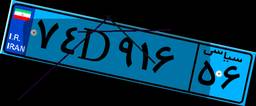
۰۰D۵۵۷۲۷